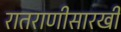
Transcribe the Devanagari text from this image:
रातराणीसारखी